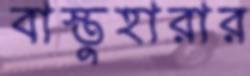
বাস্তুহারার